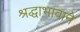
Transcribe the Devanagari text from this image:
श्रद्धाभावाने